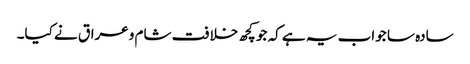
سادہ سا جواب یہ ہے کہ جو کچھ خلافت شام وعراق نے کیا۔